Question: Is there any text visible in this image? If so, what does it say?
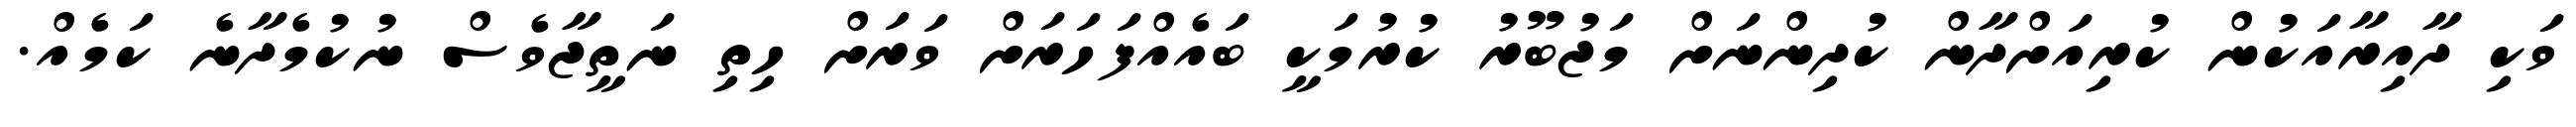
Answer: ވަކި ދާއިރާއަކުން ކުރިއަށްދާން ކުދިންނަށް މަޖުބޫރު ކުރުމަކީ ބައެއްފަހަރަށް ވަރަށް ހިތި ނަތީޖާވެސް ނުކުމެދާނެ ކަމެއް.